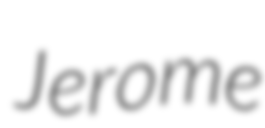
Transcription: Jerome